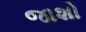
જાશો